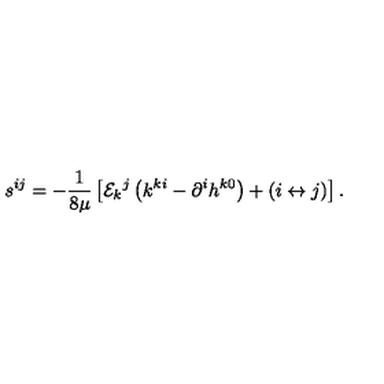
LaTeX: s ^ { i j } = - \frac 1 { 8 \mu } \left[ { \cal E } _ { k } { } ^ { j } \left( k ^ { k i } - \partial ^ { i } h ^ { k 0 } \right) + \left( i \leftrightarrow j \right) \right] .